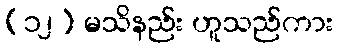
(၁၂) မသိနည်း ဟူသည်ကား